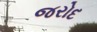
જરોદ